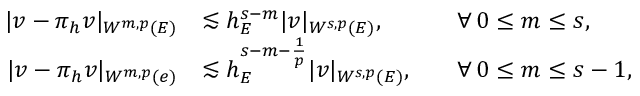
\begin{array} { r l r l } { | v - \pi _ { h } v | _ { W ^ { m , p } ( E ) } } & { \lesssim h _ { E } ^ { s - m } | v | _ { W ^ { s , p } ( E ) } , } & & { \forall \, 0 \le m \le s , } \\ { | v - \pi _ { h } v | _ { W ^ { m , p } ( e ) } } & { \lesssim h _ { E } ^ { s - m - \frac { 1 } { p } } | v | _ { W ^ { s , p } ( E ) } , } & & { \forall \, 0 \le m \le s - 1 , } \end{array}